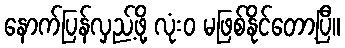
နောက်ပြန်လှည့်ဖို့ လုံးဝ မဖြစ်နိုင်တော့ပြီ။